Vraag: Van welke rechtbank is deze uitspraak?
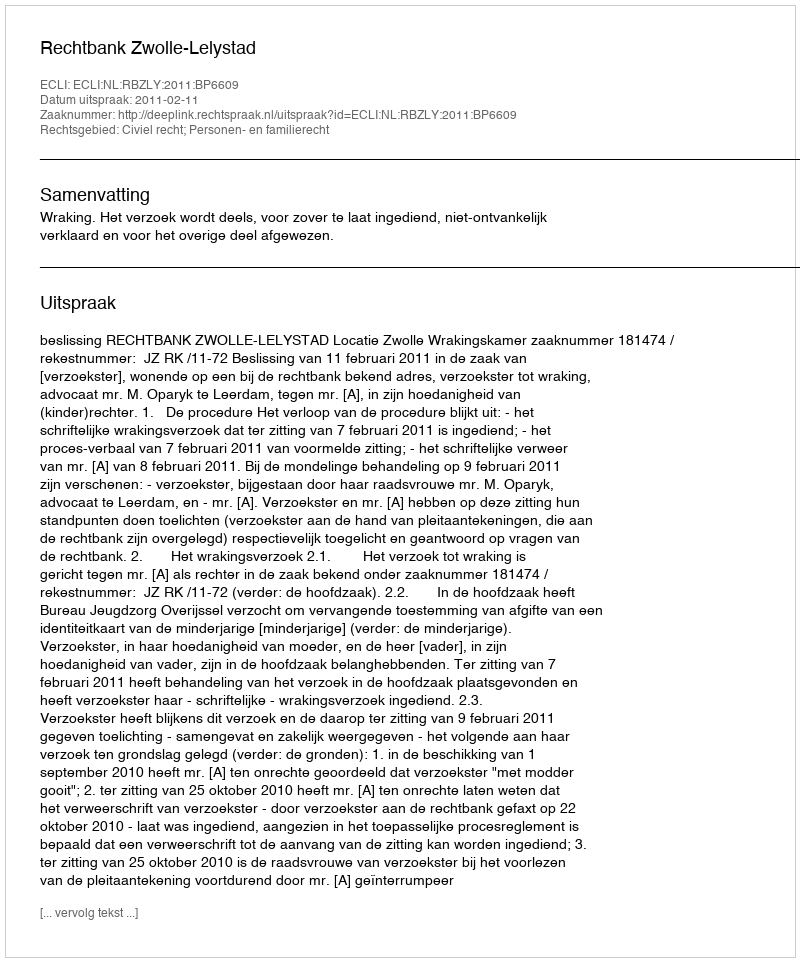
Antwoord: Rechtbank Zwolle-Lelystad